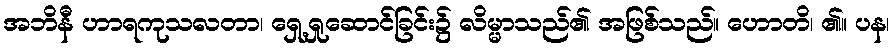
အဘိနီ ဟာရကုသလတာ၊ ရှေ့ရှုဆောင်ခြင်း၌ လိမ္မာသည်၏ အဖြစ်သည်။ ဟောတိ၊ ၏။ ပန၊